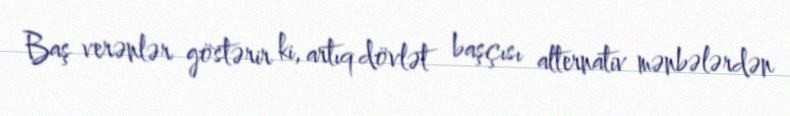
Baş verənlər göstərir ki, artıq dövlət başçısı alternativ mənbələrdən